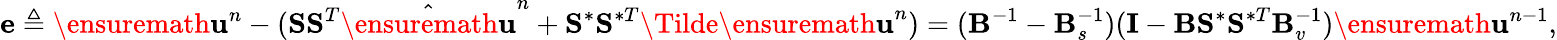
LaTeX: \mathbf{e}\triangleq\ensuremath{\mathbf{u}}^{n}-(\mathbf{S}\mathbf{S}^{T}\hat{\ensuremath{\mathbf{u}}}^{n}+\mathbf{S}^{\ast}\mathbf{S}^{\ast T}\Tilde{\ensuremath{\mathbf{u}}}^{n})=(\mathbf{B}^{-1}-\mathbf{B}_{s}^{-1})(\mathbf{I}-\mathbf{B}\mathbf{S}^{\ast}\mathbf{S}^{\ast T}\mathbf{B}_{v}^{-1})\ensuremath{\mathbf{u}}^{n-1},